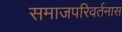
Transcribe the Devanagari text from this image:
समाजपरिवर्तनास